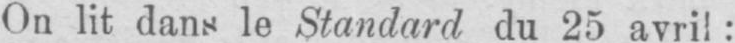
On lit dans le Standard du 25 avril: